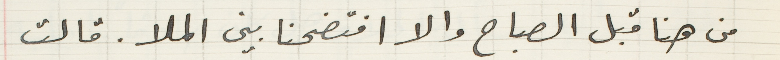
من هنا قبل الصباح والا افتضحنا بين الملا. قالت